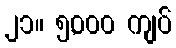
၂၁။ ၅,၀၀၀ ကျပ်